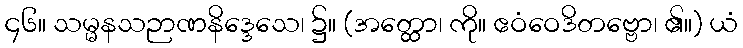
၄၆။ သမ္မနသဉာဏနိဒ္ဒေသေ၊ ၌။ (အတ္ထော၊ ကို။ ဧဝံဝေဒိတဗ္ဗော၊ ၏။) ယံ